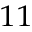
_ { 1 1 }